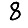
Digit: 8